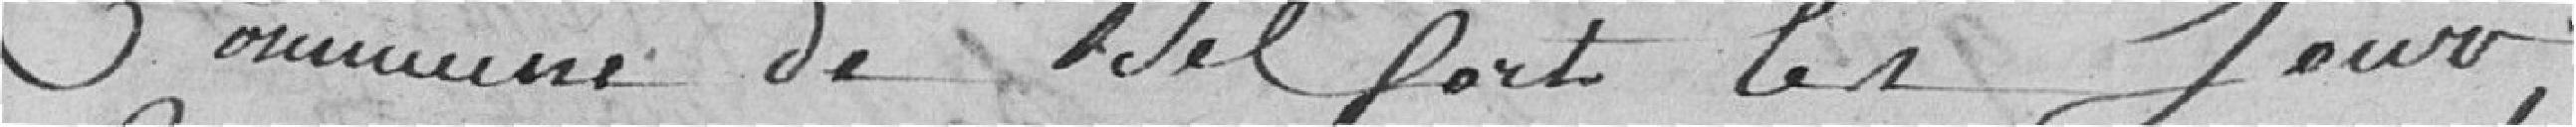
Commune de Belfort les jour,